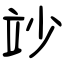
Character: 竗